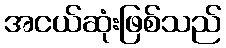
အငယ်ဆုံးဖြစ်သည်